Sanitation, dispensaries and jails vaccination Rajputana 1922-1927 - 1922-1927
Year: 1922
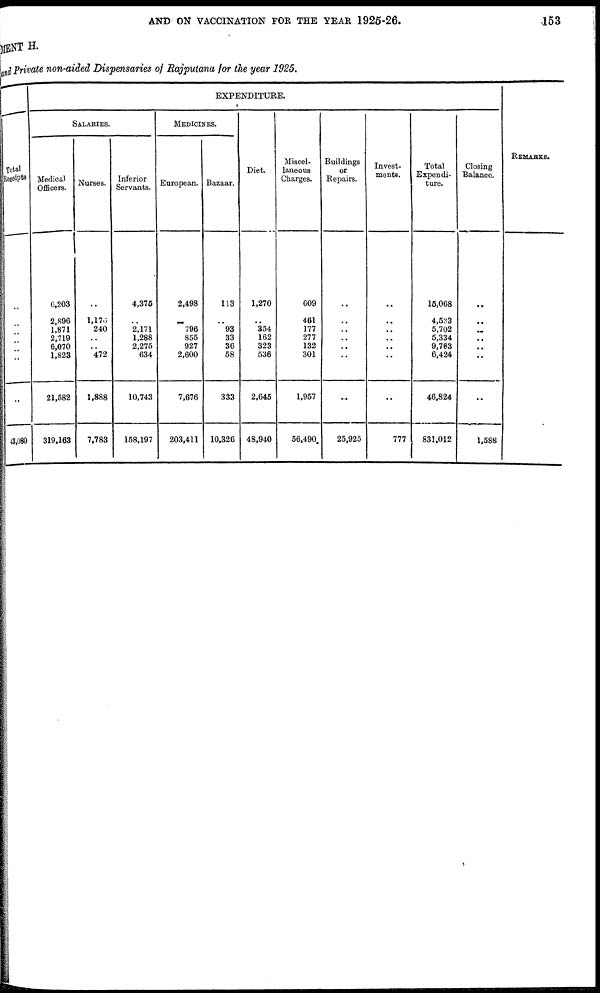
AND ON VACCINATION FOR THE YEAR 1925-26.
153
MENT H.
and Private non-aided Dispensaries of Rajputana for the year 1925.
Total
Receipts
..
..
..
..
..
..
..
43,080
EXPENDITURE.
SALARIES.
Medical
Officers.
6,203
2,896
1,871
2,719
6,070
1,823
21,582
319,163
Nurses.
..
1,176
240
..
..
472
1,888
7,783
Inferior
Servants.
4,375
..
2,171
1,288
2,275
634
10,743
158,197
MEDICINES.
European.
2,498
..
796
855
927
2,600
7,676
203,411
Bazaar.
113
..
93
33
36
58
333
10,326
Diet.
1,270
..
354
162
323
536
2,645
48,940
Miscel-
laneous
Charges.
609
461
177
277
132
301
1,957
56,490
Buildings
or
Repairs.
..
..
..
..
..
..
..
25,925
Invest-
ments.
..
..
..
..
..
..
..
777
Total
Expendi-
ture.
15,068
4,533
5,702
5,334
9,763
6,424
46,824
831,012
Closing
Balance.
..
..
..
..
..
..
..
1,588
REMARKS.